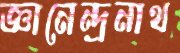
জ্ঞানেন্দ্রনাথ